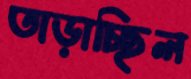
তাড়াচ্ছিল